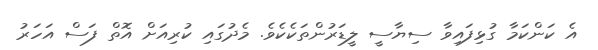
އެ ކަންކަމާ ގުޅިފައިވާ ސިޔާސީ ލީޑަރުންތަކެކެވެ. މެދުގައި ކުރިއަށް އޮތް ފަސް އަހަރު